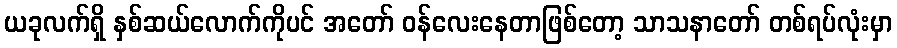
ယခုလက်ရှိ နှစ်ဆယ်လောက်ကိုပင် အတော် ဝန်လေးနေတာဖြစ်တော့ သာသနာတော် တစ်ရပ်လုံးမှာ